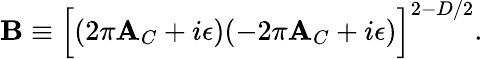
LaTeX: {\cal\mathbf{B}}\equiv\Bigl[(2\pi{\cal\mathbf{A}}_{C}+i\epsilon)(-2\pi{\cal\mathbf{A}}_{C}+i\epsilon)\Bigr]^{2-D/2}.